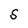
Character: S